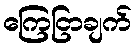
ကြေငြာချက်